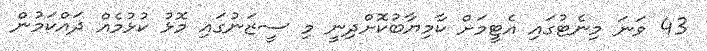
43 ވަނަ މިނެޓުގައި އެޓީމަށް ކާމިޔާބުކޮށްދިނީ މި ސީޒަނުގައި މޮޅު ކުޅުމެއް ދައްކަމުން